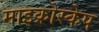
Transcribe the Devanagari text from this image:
माइक्रोस्केप